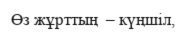
Өз жұрттың  – күңшіл,